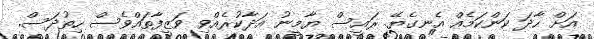
އަށް ހާދަ ކަންކަމެއް އެނގެޔޭ. ރައީސް ޔާމީނު އަދާކުރެއްވި ވަޒީފާތައްވެސް ހިތުދަސް.